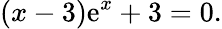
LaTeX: (x-3)\mathrm{e}^{x}+3=0.